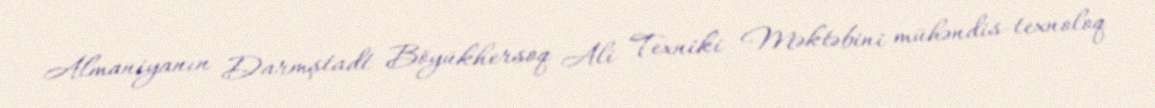
Almaniyanın Darmştadt Böyükhersoq Ali Texniki Məktəbini mühəndis-texnoloq